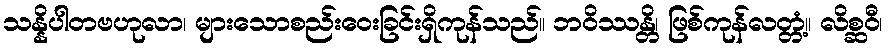
သန္နိပါတဗဟုလာ၊ များသောစည်းဝေးခြင်းရှိကုန်သည်။ ဘဝိဿန္တိ၊ ဖြစ်ကုန်လတ္တံ့။ လိစ္ဆဝီ၊